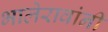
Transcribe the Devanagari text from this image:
भालेरावांनी